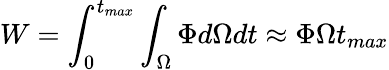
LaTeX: W=\int_{0}^{t_{max}}\int_{\Omega}^{}\Phi d\Omega dt\approx\Phi\Omega t_{max}